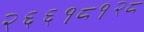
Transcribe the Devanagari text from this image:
२६६१८१२८